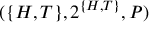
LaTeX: ( \{ H , T \} , 2 ^ { \{ H , T \} } , P )